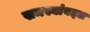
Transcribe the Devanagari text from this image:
समस्यांबद्दल